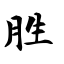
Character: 胜